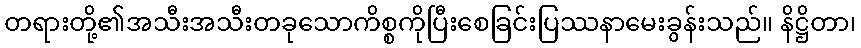
တရားတို့၏အသီးအသီးတခုသောကိစ္စကိုပြီးစေခြင်းပြဿနာမေးခွန်းသည်။ နိဋ္ဌိတာ၊